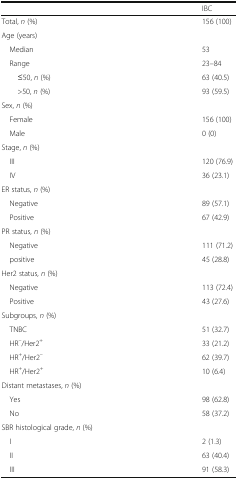
<table><thead><tr><td></td><td><b>IBC</b></td></tr></thead><tbody><tr><td>Total, <i>n</i> (%)</td><td>156 (100)</td></tr><tr><td colspan="2">Age (years)</td></tr><tr><td> Median</td><td>53</td></tr><tr><td> Range</td><td>23–84</td></tr><tr><td>≤50, <i>n</i> (%)</td><td>63 (40.5)</td></tr><tr><td>&gt;50, <i>n</i> (%)</td><td>93 (59.5)</td></tr><tr><td colspan="2">Sex, <i>n</i> (%)</td></tr><tr><td> Female</td><td>156 (100)</td></tr><tr><td> Male</td><td>0 (0)</td></tr><tr><td colspan="2">Stage, <i>n</i> (%)</td></tr><tr><td> III</td><td>120 (76.9)</td></tr><tr><td> IV</td><td>36 (23.1)</td></tr><tr><td colspan="2">ER status, <i>n</i> (%)</td></tr><tr><td> Negative</td><td>89 (57.1)</td></tr><tr><td> Positive</td><td>67 (42.9)</td></tr><tr><td colspan="2">PR status, <i>n</i> (%)</td></tr><tr><td> Negative</td><td>111 (71.2)</td></tr><tr><td> positive</td><td>45 (28.8)</td></tr><tr><td colspan="2">Her2 status, <i>n</i> (%)</td></tr><tr><td> Negative</td><td>113 (72.4)</td></tr><tr><td> Positive</td><td>43 (27.6)</td></tr><tr><td colspan="2">Subgroups, <i>n</i> (%)</td></tr><tr><td> TNBC</td><td>51 (32.7)</td></tr><tr><td> HR<sup>–</sup>/Her2<sup>+</sup></td><td>33 (21.2)</td></tr><tr><td> HR<sup>+</sup>/Her2<sup>–</sup></td><td>62 (39.7)</td></tr><tr><td> HR<sup>+</sup>/Her2<sup>+</sup></td><td>10 (6.4)</td></tr><tr><td colspan="2">Distant metastases, <i>n</i> (%)</td></tr><tr><td> Yes</td><td>98 (62.8)</td></tr><tr><td> No</td><td>58 (37.2)</td></tr><tr><td colspan="2">SBR histological grade, <i>n</i> (%)</td></tr><tr><td> I</td><td>2 (1.3)</td></tr><tr><td> II</td><td>63 (40.4)</td></tr><tr><td> III</td><td>91 (58.3)</td></tr></tbody></table>